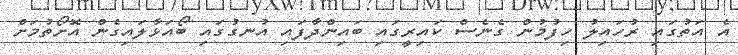
އެ އަތުގައި ރުހައިލު ހިފުމުން ގެނެސް ކައިރީގައި ބައިންދާފައި އުނގުގައި ބޯއަޅާލައިގެން އޮށޯތުމަށް